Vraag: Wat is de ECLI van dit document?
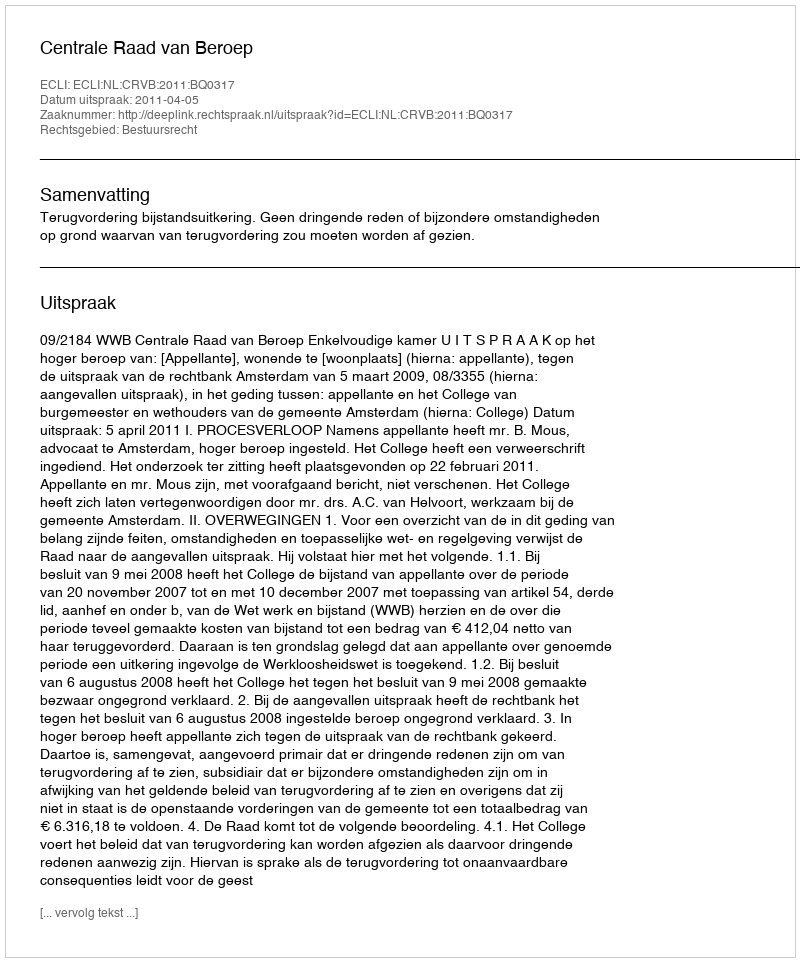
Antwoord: ECLI:NL:CRVB:2011:BQ0317